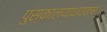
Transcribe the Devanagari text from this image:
पुस्कालयाध्यक्ष